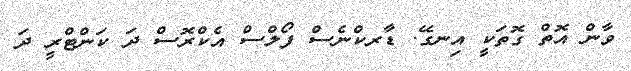
ވާން އޮތް ގޮތަކީ އިނގޭ. ޑާރކްނެސް ފޯލްސް އެކްރޮސް ދަ ކަންޓްރީ ދަ